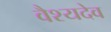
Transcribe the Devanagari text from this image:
वैश्यदेव